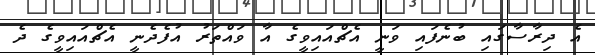
އެ ދިރާސާގައި ބުނެފައި ވަނީ އެޗްއައިވީގެ އާ ވައްތަރު އުފެދެނީ އެޗްއައިވީގެ ދެ